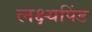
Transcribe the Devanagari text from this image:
लक्ष्यपिंड